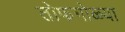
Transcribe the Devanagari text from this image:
तोफगोळ्या